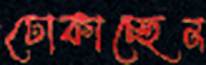
ঢোকাচ্ছেন